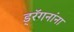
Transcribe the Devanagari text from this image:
ड्रॅगनांना